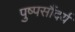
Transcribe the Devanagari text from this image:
पुष्पसौंदर्य